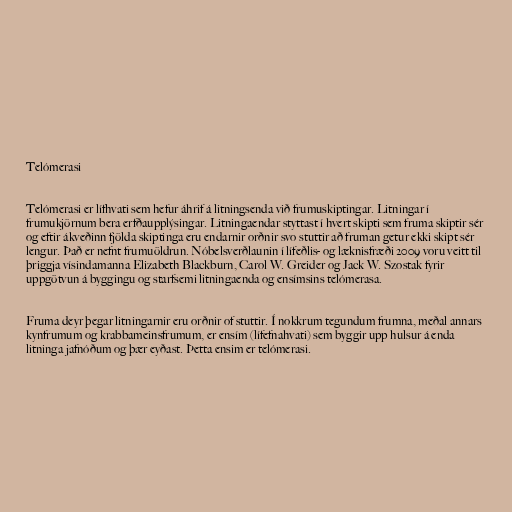
Telómerasi

Telómerasi er lífhvati sem hefur áhrif á litningsenda við frumuskiptingar. Litningar í
frumukjörnum bera erfðaupplýsingar. Litningaendar styttast í hvert skipti sem fruma skiptir sér
og eftir ákveðinn fjölda skiptinga eru endarnir orðnir svo stuttir að fruman getur ekki skipt sér
lengur. Það er nefnt frumuöldrun. Nóbelsverðlaunin í lífeðlis- og læknisfræði 2009 voru veitt til
þriggja vísindamanna Elizabeth Blackburn, Carol W. Greider og Jack W. Szostak fyrir
uppgötvun á byggingu og starfsemi litningaenda og ensímsins telómerasa.

Fruma deyr þegar litningarnir eru orðnir of stuttir. Í nokkrum tegundum frumna, meðal annars
kynfrumum og krabbameinsfrumum, er ensím (lífefnahvati) sem byggir upp hulsur á enda
litninga jafnóðum og þær eyðast. Þetta ensim er telómerasi.